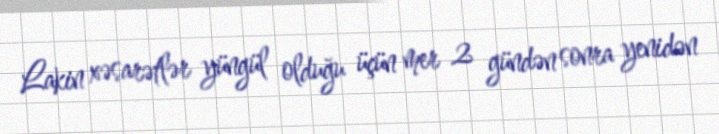
Lakin xəsarətlər yüngül olduğu üçün mer 2 gündən sonra yenidən